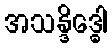
အသန္ဒိဒ္ဓေါ